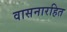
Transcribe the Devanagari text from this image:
वासनारहित